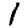
Digit: 1